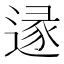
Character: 𨔡